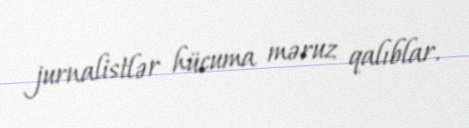
jurnalistlər hücuma məruz qalıblar.